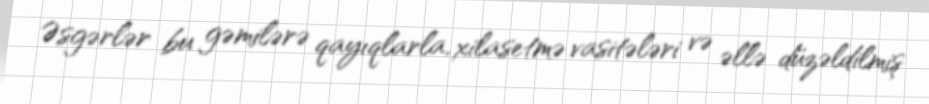
Əsgərlər bu gəmilərə qayıqlarla, xilasetmə vasitələri və əllə düzəldilmiş